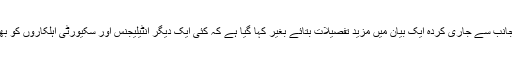
وزیر اعظم کے دفتر کی جانب سے جاری کردہ ایک بیان میں مزید تفصیلات بتائے بغیر کہا گیا ہے کہ کئی ایک دیگر انٹیلیجنس اور سکیورٹی اہلکاروں کو بھی برطرف کر دیا گیا ہے۔